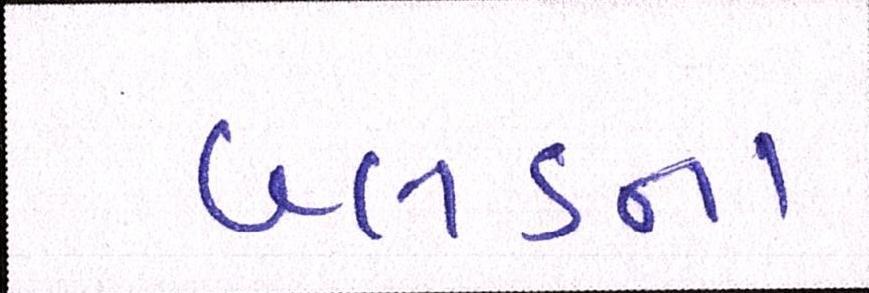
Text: બ્લડના